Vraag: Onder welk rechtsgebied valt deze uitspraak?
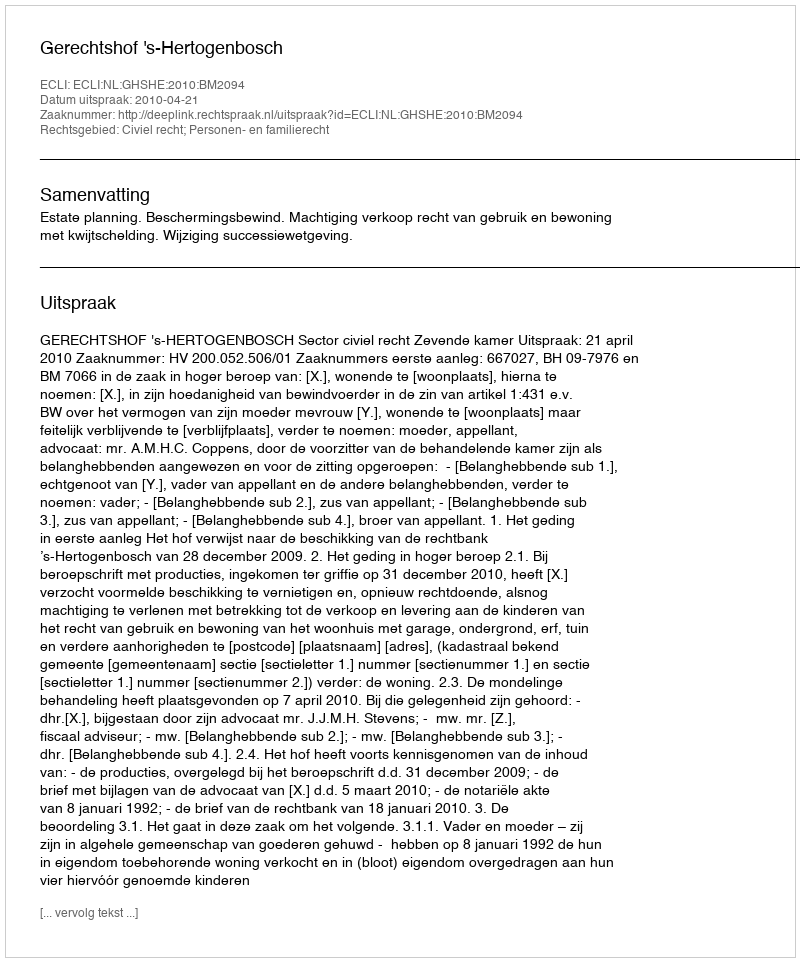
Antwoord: Civiel recht; Personen- en familierecht